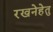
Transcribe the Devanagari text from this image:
रखनेहेतु